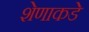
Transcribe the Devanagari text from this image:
शेणाकडे